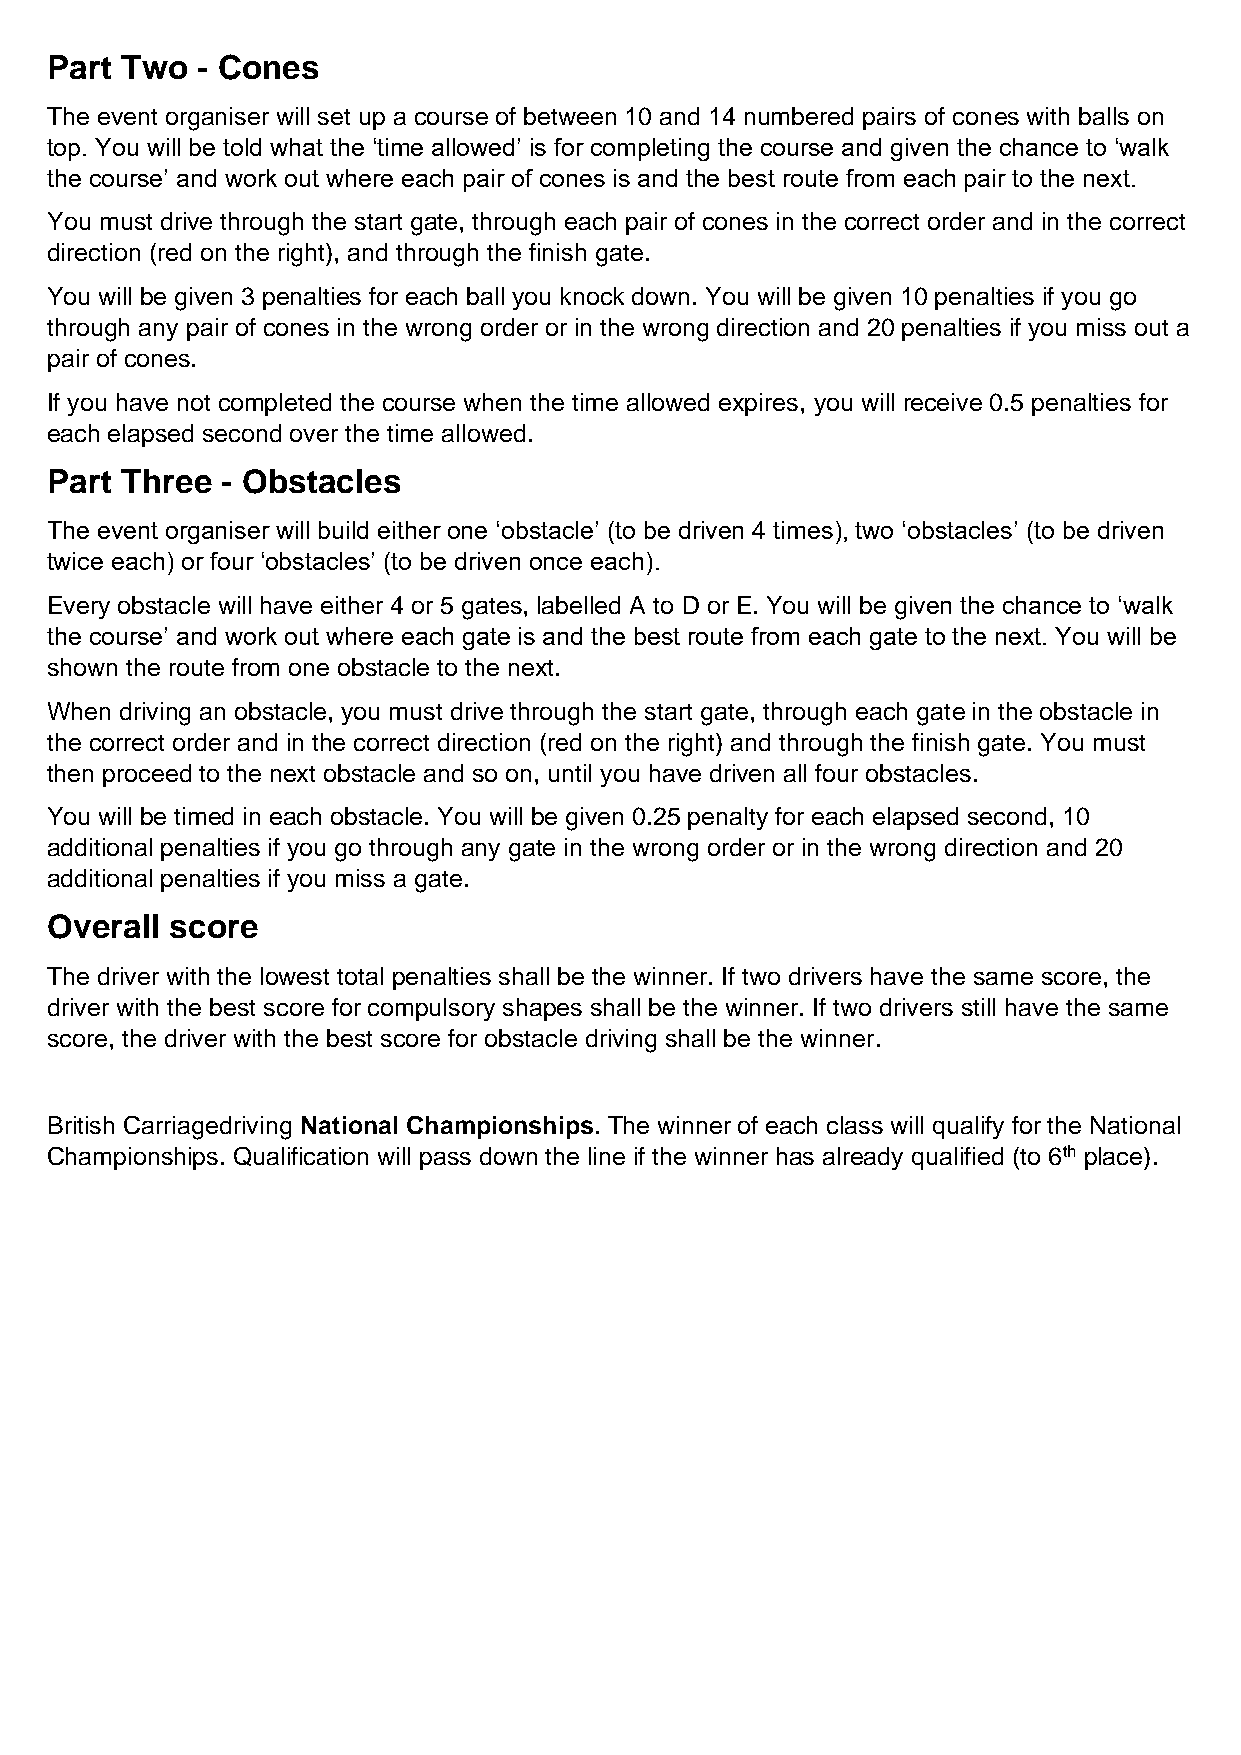
Part Two  - Cones
 The event organiser will set up a course of between 10 and 14 numbered pairs of cones with balls on
 top. You will be told what the ‘time allowed’ is for completing the course and given the chance to ‘walk
 the course’ and work out where each pair of cones is and the best route from each pair to the next.
 You must drive through the start gate, through each pair of cones in the correct order and in the correct
 direction (red on the right), and through the finish gate.
 You will be given 3 penalties for each ball you knock down. You will be given 10 penalties if you go
 through any pair of cones in the wrong order or in the wrong direction and 20 penalties if you miss out a
 pair of cones.
 If you have not completed the course when the time allowed expires, you will receive 0.5 penalties for
 each elapsed second over the time allowed.
 Part Three  - Obstacles
 The event organiser will build either one ‘obstacle’ (to be driven 4 times), two ‘obstacles’ (to be driven
 twice each) or four ‘obstacles’ (to be driven once each).
 Every obstacle will have either 4 or 5 gates, labelled A to D or E. You will be given the chance to ‘walk
 the course’ and work out where each gate is and the best route from each gate to the next. You will be
 shown the route from one obstacle to the next.
 When driving an obstacle, you must drive through the start gate, through each gate in the obstacle in
 the correct order and in the correct direction (red on the right) and through the finish gate. You must
 then proceed to the next obstacle and so on, until you have driven all four obstacles.
 You will be timed in each obstacle. You will be given 0.25 penalty for each elapsed second, 10
 additional penalties if you go through any gate in the wrong order or in the wrong direction and 20
 additional penalties if you miss a gate.
 Overall score
 The driver with the lowest total penalties shall be the winner. If two drivers have the same score, the
 driver with the best score for compulsory shapes shall be the winner. If two drivers still have the same
 score, the driver with the best score for obstacle driving shall be the winner.
 British Carriagedriving National Championships. The winner of each class will qualify for the National
 Championships. Qualification will pass down the line if the winner has already qualified (to 6th place).